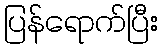
ပြန်ရောက်ပြီး